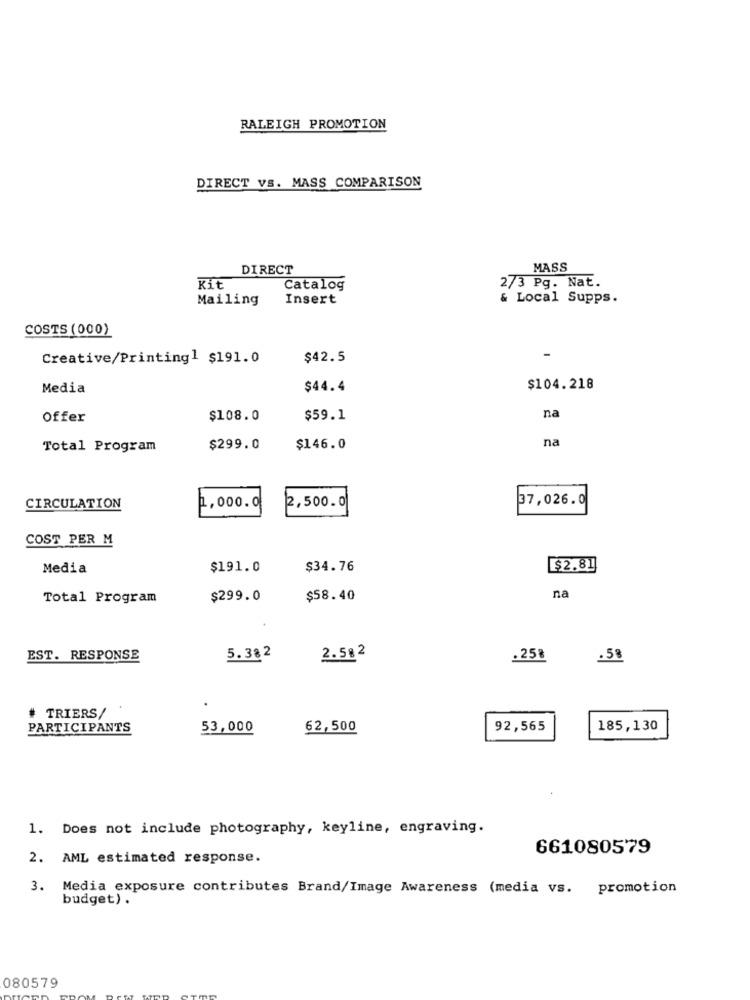
RALEIGH PROMOTION
DIRECT VS. MASS COMPARISON
DIRECT
MASS
Kit
Catalog
273 Pg. Nat.
Mailing
Insert
& Local Supps.
COSTS (000)
Creative/Printing1 $191.0
$42.5
Media
$44.4
$104.218
Offer
$108.0
$59.1
na
na
Total Program
$299.0
$146.0
2,500.0
37,026.0
CIRCULATION
1,000.0
COST PER M
Media
$191.0
$34.76
$2.81
Total Program
$299.0
$58.40
na
EST. RESPONSE
5.382
2.512
.258
:58
# TRIERS/
PARTICIPANTS
53,000
62,500
92,565
185,130
1. Does not include photography, keyline, engraving.
661080579
2. AML estimated response.
3. Media exposure contributes Brand/Image Awareness (media vs. promotion
budget) .
080579